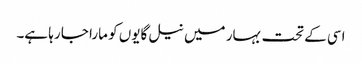
اسی کے تحت بہار میں نیل گایوں کو مارا جا رہا ہے۔